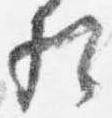
相